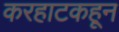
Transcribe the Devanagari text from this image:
करहाटकहून